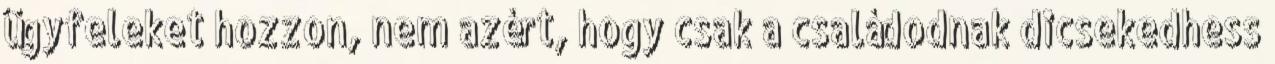
ügyfeleket hozzon, nem azért, hogy csak a családodnak dicsekedhess